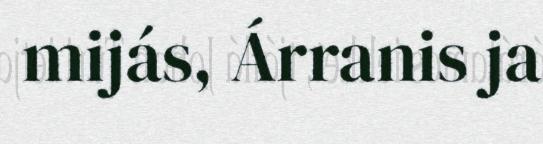
mijás, Árranis ja